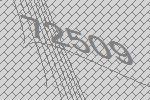
72509